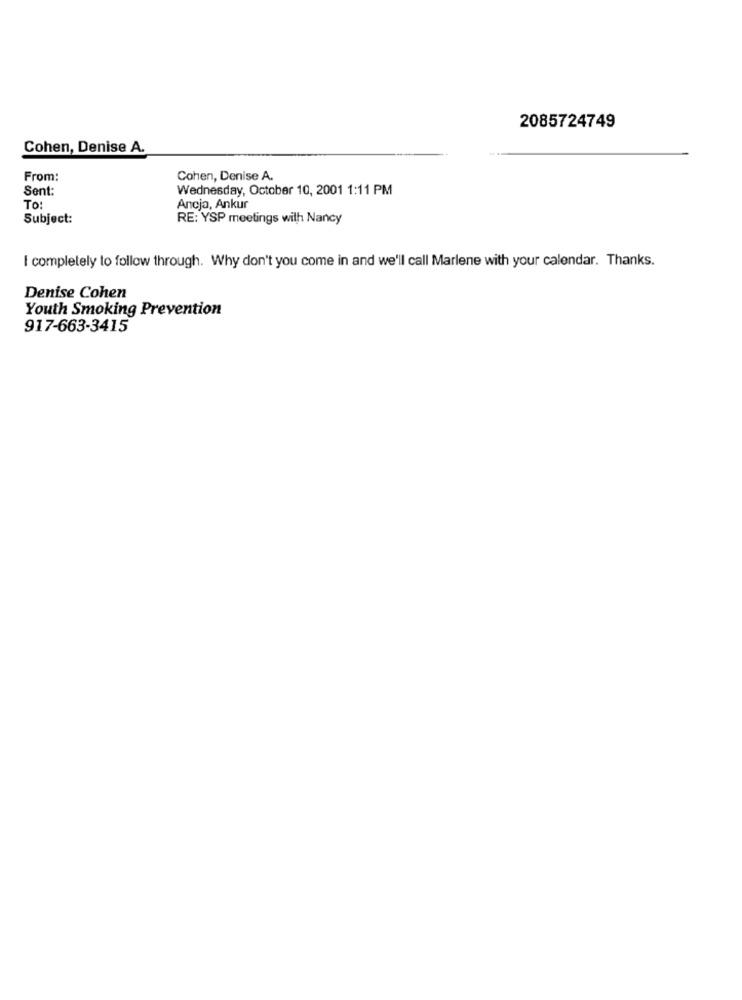
2085724749
Cohen, Denise A.
From:
Cohen, Denise A.
Sent:
Wednesday, October 10, 2001 1:11 PM
To:
Ancja, Ankur
Subject:
RE: YSP meetings with Nancy
I completely to follow through. Why don't you come in and we'll call Marlene with your calendar. Thanks.
Denise Cohen
Youth Smoking Prevention
917-663-3415